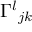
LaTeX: { \Gamma ^ { l } } _ { j k }